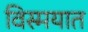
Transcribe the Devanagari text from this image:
विस्मयात